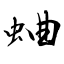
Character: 蛐